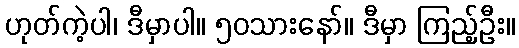
ဟုတ်ကဲ့ပါ၊ ဒီမှာပါ။ ၅၀သားနော်။ ဒီမှာ ကြည့်ဦး။